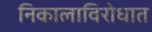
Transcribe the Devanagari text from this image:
निकालाविरोधात